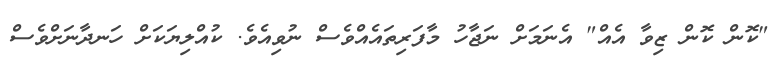
"ކޮން ކޮން ޒިވާ އެއް" އެނަމަށް ނަޖާހު މާފަރިތައެއްވެސް ނުވިއެވެ. ކުއްލިޔަކަށް ހަނދާނަށްވެސް